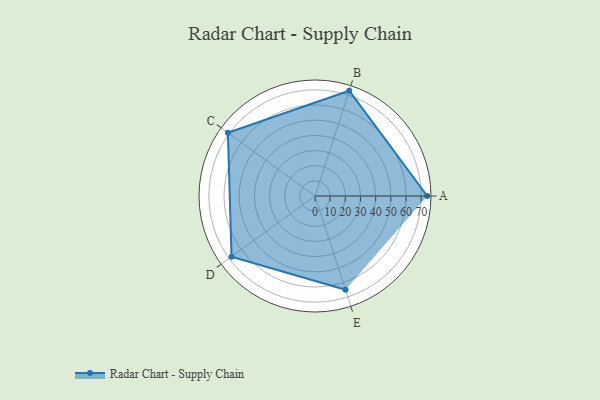
{"axis": {"x": "Skill", "y": "Score"}, "legend": ["Profile"], "data": [{"x": "A", "y": 74.0, "type": "Profile"}, {"x": "B", "y": 73.0, "type": "Profile"}, {"x": "C", "y": 71.0, "type": "Profile"}, {"x": "D", "y": 68.0, "type": "Profile"}, {"x": "E", "y": 65.0, "type": "Profile"}]}